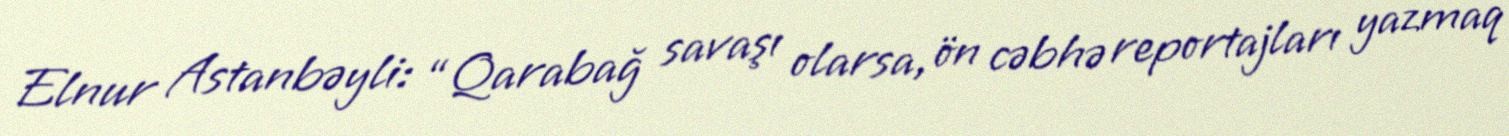
Elnur Astanbəyli: “Qarabağ savaşı olarsa, ön cəbhə reportajları yazmaq